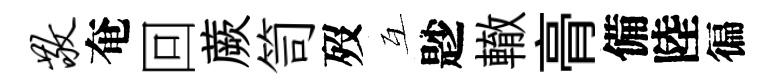
敬奄回蕨笥歿互尟轍𮌔備陸徧